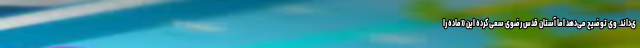
ی‌داند. وی توضیح می‌دهد اما آستان قدس رضوی سعی کرده این «ماده را